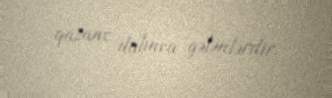
qazanc dalınca gələnlərdir.